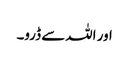
اور اللہ سے ڈرو۔